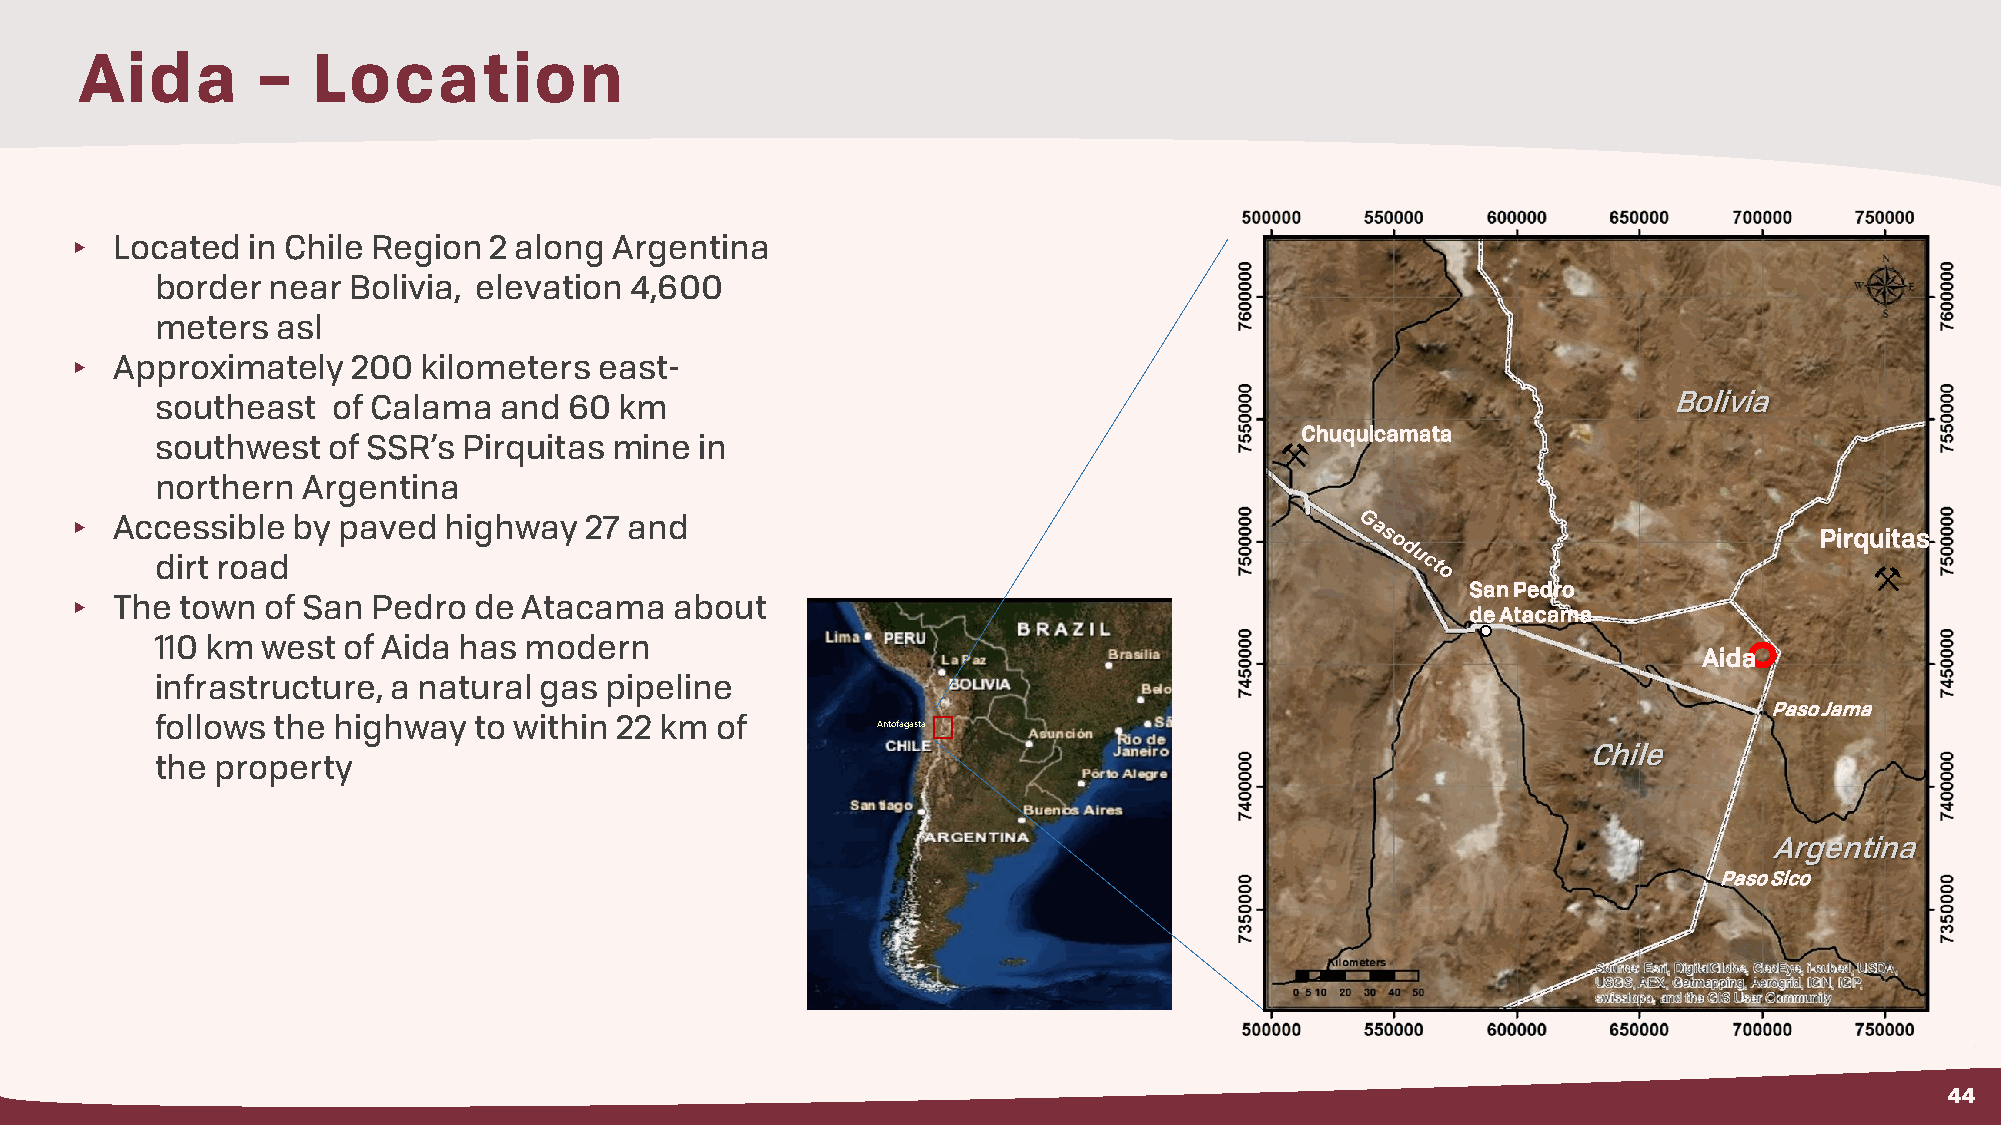
Aida        –   Location
 ▸  Located  in Chile Region 2 along  Argentina
 border  near Bolivia, elevation 4,600
 meters  asl
 ▸  Approximately   200  kilometers  east-
 southeast   of Calama  and  60 km                                                                    Bolivia
 Chuquicamata
 southwest   of SSR’s Pirquitas mine in
 northern  Argentina
 ▸  Accessible  by paved  highway   27 and
 Pirquitas
 dirt road
 San Pedro
 ▸  The  town of San  Pedro de  Atacama   about
 de Atacama
 110 km west  of Aida has modern
 Aida
 infrastructure, a natural gas pipeline
 Paso Jama
 follows the highway  to within 22 km of         Antofagasta
 Chile
 the property
 Argentina
 Paso Sico
 44